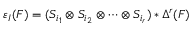
\varepsilon _ { I } ( F ) = ( S _ { i _ { 1 } } \otimes S _ { i _ { 2 } } \otimes \cdots \otimes S _ { i _ { r } } ) * \Delta ^ { r } ( F )